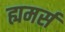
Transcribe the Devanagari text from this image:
ह्यमर्स